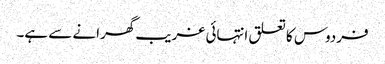
فردوس کا تعلق انتہائی غریب گھرانے سے ہے۔